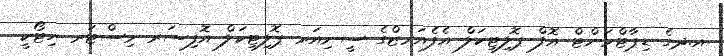
އ.ދގެ ޑިޕާޓްމަންޓް އޮފް ޕޮލިޓިކަލް އެފެއަރޒްގެ ސީނިއަރ ޕޮލިޓިކަލް އޮފިސަރ މިސްޓަރ ހިޓޯކީ